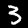
Label: 3